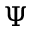
\Psi